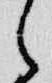
之